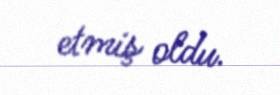
etmiş oldu.